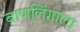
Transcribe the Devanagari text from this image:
बाणलिंगाला